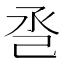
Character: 𢀷